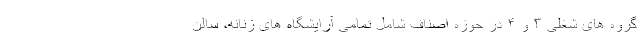
گروه های شغلی ۳ و ۴ در حوزه اصناف شامل تمامی آرایشگاه های زنانه، سالن